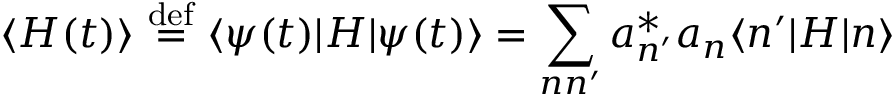
\langle H ( t ) \rangle \ { \stackrel { \mathrm { d e f } } { = } } \ \langle \psi ( t ) | H | \psi ( t ) \rangle = \sum _ { n n ^ { \prime } } a _ { n ^ { \prime } } ^ { * } a _ { n } \langle n ^ { \prime } | H | n \rangle